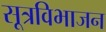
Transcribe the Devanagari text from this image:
सूत्रविभाजन